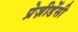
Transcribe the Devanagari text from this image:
प्रेज़ीडेंसी